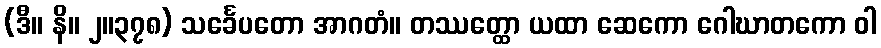
(ဒီ။ နိ။ ၂။၃၇၈) သင်္ခေပတော အာဂတံ။ တဿတ္ထော ယထာ ဆေကော ဂေါဃာတကော ဝါ